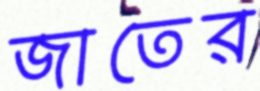
জাতের